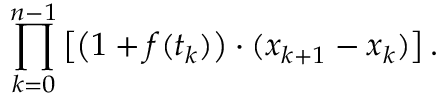
\prod _ { k = 0 } ^ { n - 1 } \left[ { \big ( } 1 + f ( t _ { k } ) { \big ) } \cdot ( x _ { k + 1 } - x _ { k } ) \right] .